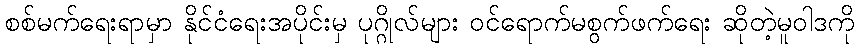
စစ်မက်ရေးရာမှာ နိုင်ငံရေးအပိုင်းမှ ပုဂ္ဂိုလ်များ ဝင်ရောက်မစွက်ဖက်ရေး ဆိုတဲ့မူဝါဒကို